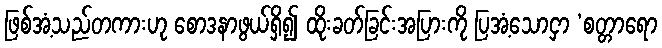
ဖြစ်အံ့သည်တကားဟု စောဒနာဖွယ်ရှိ၍ ထိုးခတ်ခြင်းအပြားကို ပြအံ့သောငှာ ‘စတ္တာရော